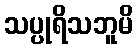
သပ္ပုရိသဘူမိ